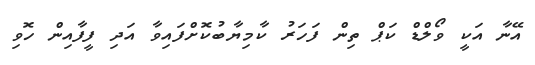
އޭނާ އަކީ ވޯލްޑް ކަޕް ތިން ފަހަރު ކާމިޔާބުކޮށްފައިވާ އަދި ފީފާއިން ހޮވި